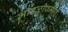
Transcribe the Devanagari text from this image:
भाडळीप्रमाणे